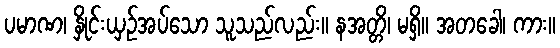
ပမာဏ၊ နှိုင်းယှဉ်အပ်သော သူသည်လည်း။ နအတ္တိ၊ မရှိ။ အတခေါ၊ ကား။